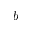
b